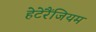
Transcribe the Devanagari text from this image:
हेटेरैंजियम